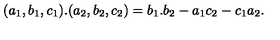
( a _ { 1 } , b _ { 1 } , c _ { 1 } ) . ( a _ { 2 } , b _ { 2 } , c _ { 2 } ) = b _ { 1 } . b _ { 2 } - a _ { 1 } c _ { 2 } - c _ { 1 } a _ { 2 } .